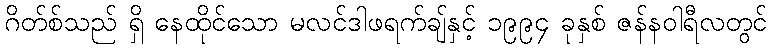
ဂိတ်စ်သည် ရှိ နေထိုင်သော မလင်ဒါဖရက်ချ်နှင့် ၁၉၉၄ ခုနှစ် ဇန်နဝါရီလတွင်